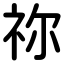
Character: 祢